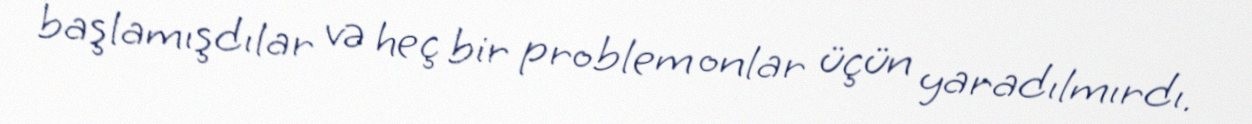
başlamışdılar və heç bir problem onlar üçün yaradılmırdı.